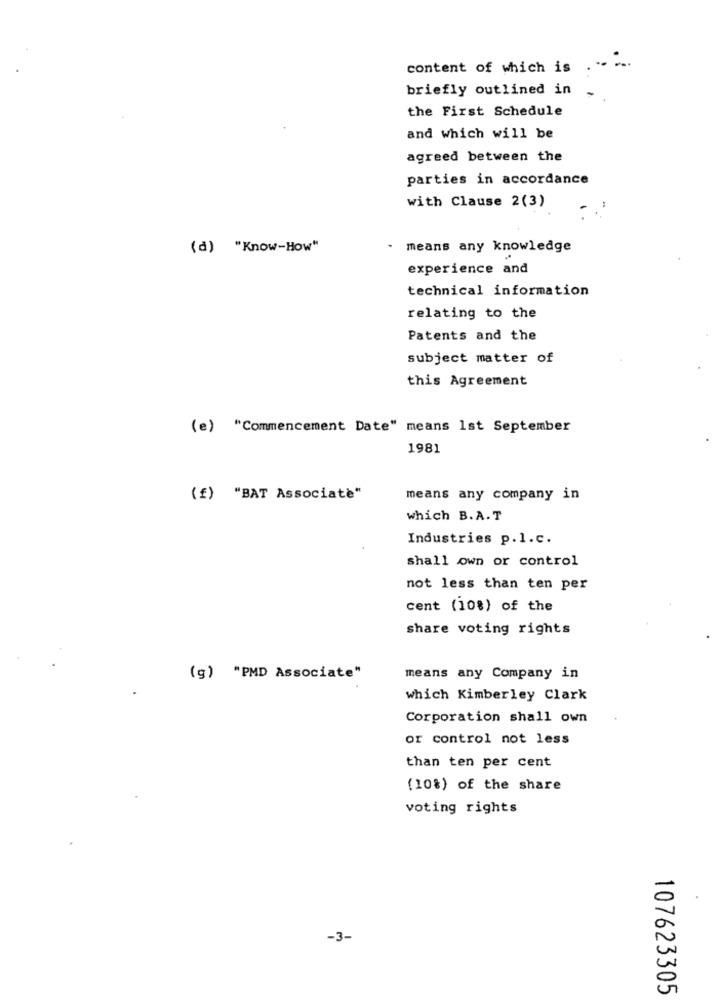
content of which is
briefly outlined in
the First Schedule
and which will be
agreed between the
parties in accordance
with Clause 2(3)
(d) "Know-How"
.
means any knowledge
experience and
technical information
relating to the
Patents and the
subject matter of
this Agreement
(e) "Commencement Date" means 1st September
1981
(f) "BAT Associate"
means any company in
which B. A. T
Industries p.l.c.
shall own or control
not less than ten per
cent (10%) of the
share voting rights
(g) "PMD Associate"
means any Company in
which Kimberley Clark
Corporation shall own
or control not less
than ten per cent
(10%) of the share
voting rights
-3-
107623305